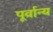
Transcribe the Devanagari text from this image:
पूर्वान्य